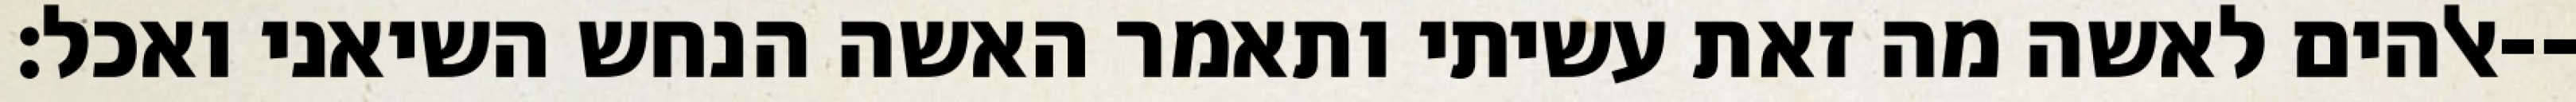
אלהים לאשה מה זאת עשיתי ותאמר האשה הנחש השיאני ואכל׃--